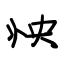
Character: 怏